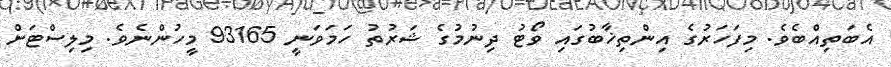
އެބަތިއްބެވެ. މިފަހަރުގެ އިންތިޚާބުގައި ވޯޓު ދިނުމުގެ ޝަރުތު ހަމަވަނީ 93165 މީހުންނެވެ. މިލިސްޓަށް